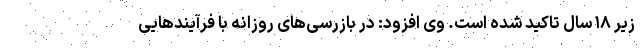
زیر ۱۸ سال تاکید شده است. وی افزود: در بازرسی‌های روزانه با فرآیندهایی